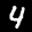
Label: 4